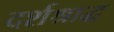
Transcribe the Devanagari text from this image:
दर्शश्राद्ध